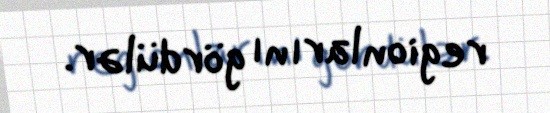
regionlarını gördülər.